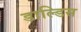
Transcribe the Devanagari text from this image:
डाल्डिस